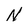
Character: N